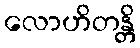
လောဟိတန္တိ